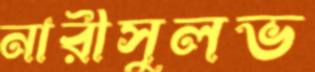
নারীসুলভ